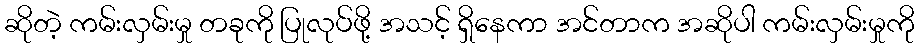
ဆိုတဲ့ ကမ်းလှမ်းမှု တခုကို ပြုလုပ်ဖို့ အသင့် ရှိနေကာ အင်တာက အဆိုပါ ကမ်းလှမ်းမှုကို